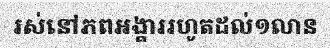
រស់នៅភពអង្គាររហូតដល់១លាន